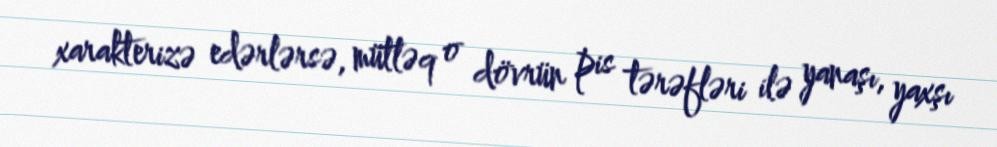
xarakterizə edərlərsə, mütləq o dövrün pis tərəfləri ilə yanaşı, yaxşı